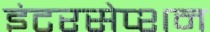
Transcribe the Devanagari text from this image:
इंटरसेप्शन